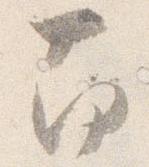
南